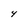
Character: 4